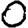
Digit: 0